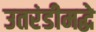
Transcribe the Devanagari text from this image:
उतरंडीमद्धे